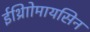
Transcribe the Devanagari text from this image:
ईथ्राोिमायसिन